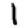
Digit: 1